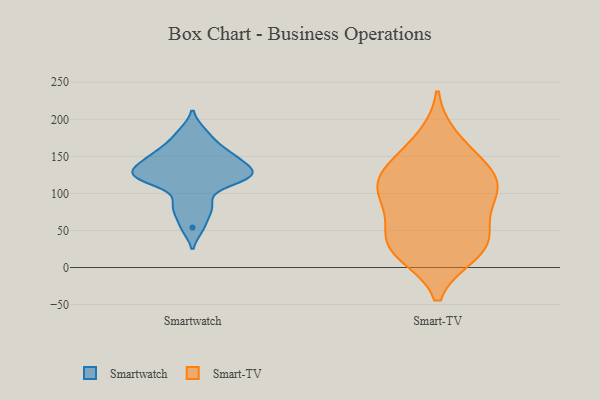
{"axis": {"x": "Demand Index", "y": "Value"}, "legend": ["Smart-TV", "Smartwatch"], "data": [{"x": "", "y": 150, "type": "Smartwatch"}, {"x": "", "y": 183, "type": "Smartwatch"}, {"x": "", "y": 143, "type": "Smartwatch"}, {"x": "", "y": 87, "type": "Smartwatch"}, {"x": "", "y": 120, "type": "Smartwatch"}, {"x": "", "y": 152, "type": "Smartwatch"}, {"x": "", "y": 166, "type": "Smartwatch"}, {"x": "", "y": 134, "type": "Smartwatch"}, {"x": "", "y": 54, "type": "Smartwatch"}, {"x": "", "y": 119, "type": "Smartwatch"}, {"x": "", "y": 126, "type": "Smartwatch"}, {"x": "", "y": 126, "type": "Smartwatch"}, {"x": "", "y": 78, "type": "Smartwatch"}, {"x": "", "y": 120, "type": "Smartwatch"}, {"x": "", "y": 20, "type": "Smart-TV"}, {"x": "", "y": 118, "type": "Smart-TV"}, {"x": "", "y": 19, "type": "Smart-TV"}, {"x": "", "y": 152, "type": "Smart-TV"}, {"x": "", "y": 125, "type": "Smart-TV"}, {"x": "", "y": 37, "type": "Smart-TV"}, {"x": "", "y": 32, "type": "Smart-TV"}, {"x": "", "y": 127, "type": "Smart-TV"}, {"x": "", "y": 96, "type": "Smart-TV"}, {"x": "", "y": 71, "type": "Smart-TV"}, {"x": "", "y": 40, "type": "Smart-TV"}, {"x": "", "y": 107, "type": "Smart-TV"}, {"x": "", "y": 174, "type": "Smart-TV"}, {"x": "", "y": 96, "type": "Smart-TV"}]}